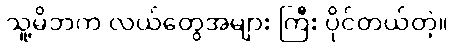
သူ့မိဘက လယ်တွေအများ ကြီး ပိုင်တယ်တဲ့။